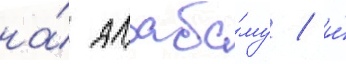
на́ алаба́му / и́